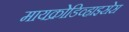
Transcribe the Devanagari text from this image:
मायक्रोडिव्हाइसेस